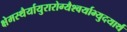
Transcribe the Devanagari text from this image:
क्षेमस्थैर्यायुरारोग्यैश्वर्याभ्युदयार्थं